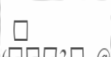
١